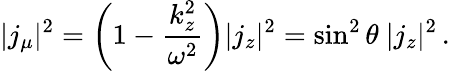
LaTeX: |j_{\mu}|^{2}=\left(1-\frac{k_{z}^{2}}{\omega^{2}}\right)|j_{z}|^{2}=\sin^{2}\theta\ |j_{z}|^{2}\, .